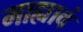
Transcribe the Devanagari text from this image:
माह्यावं